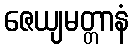
ဇေယျမတ္တာနံ